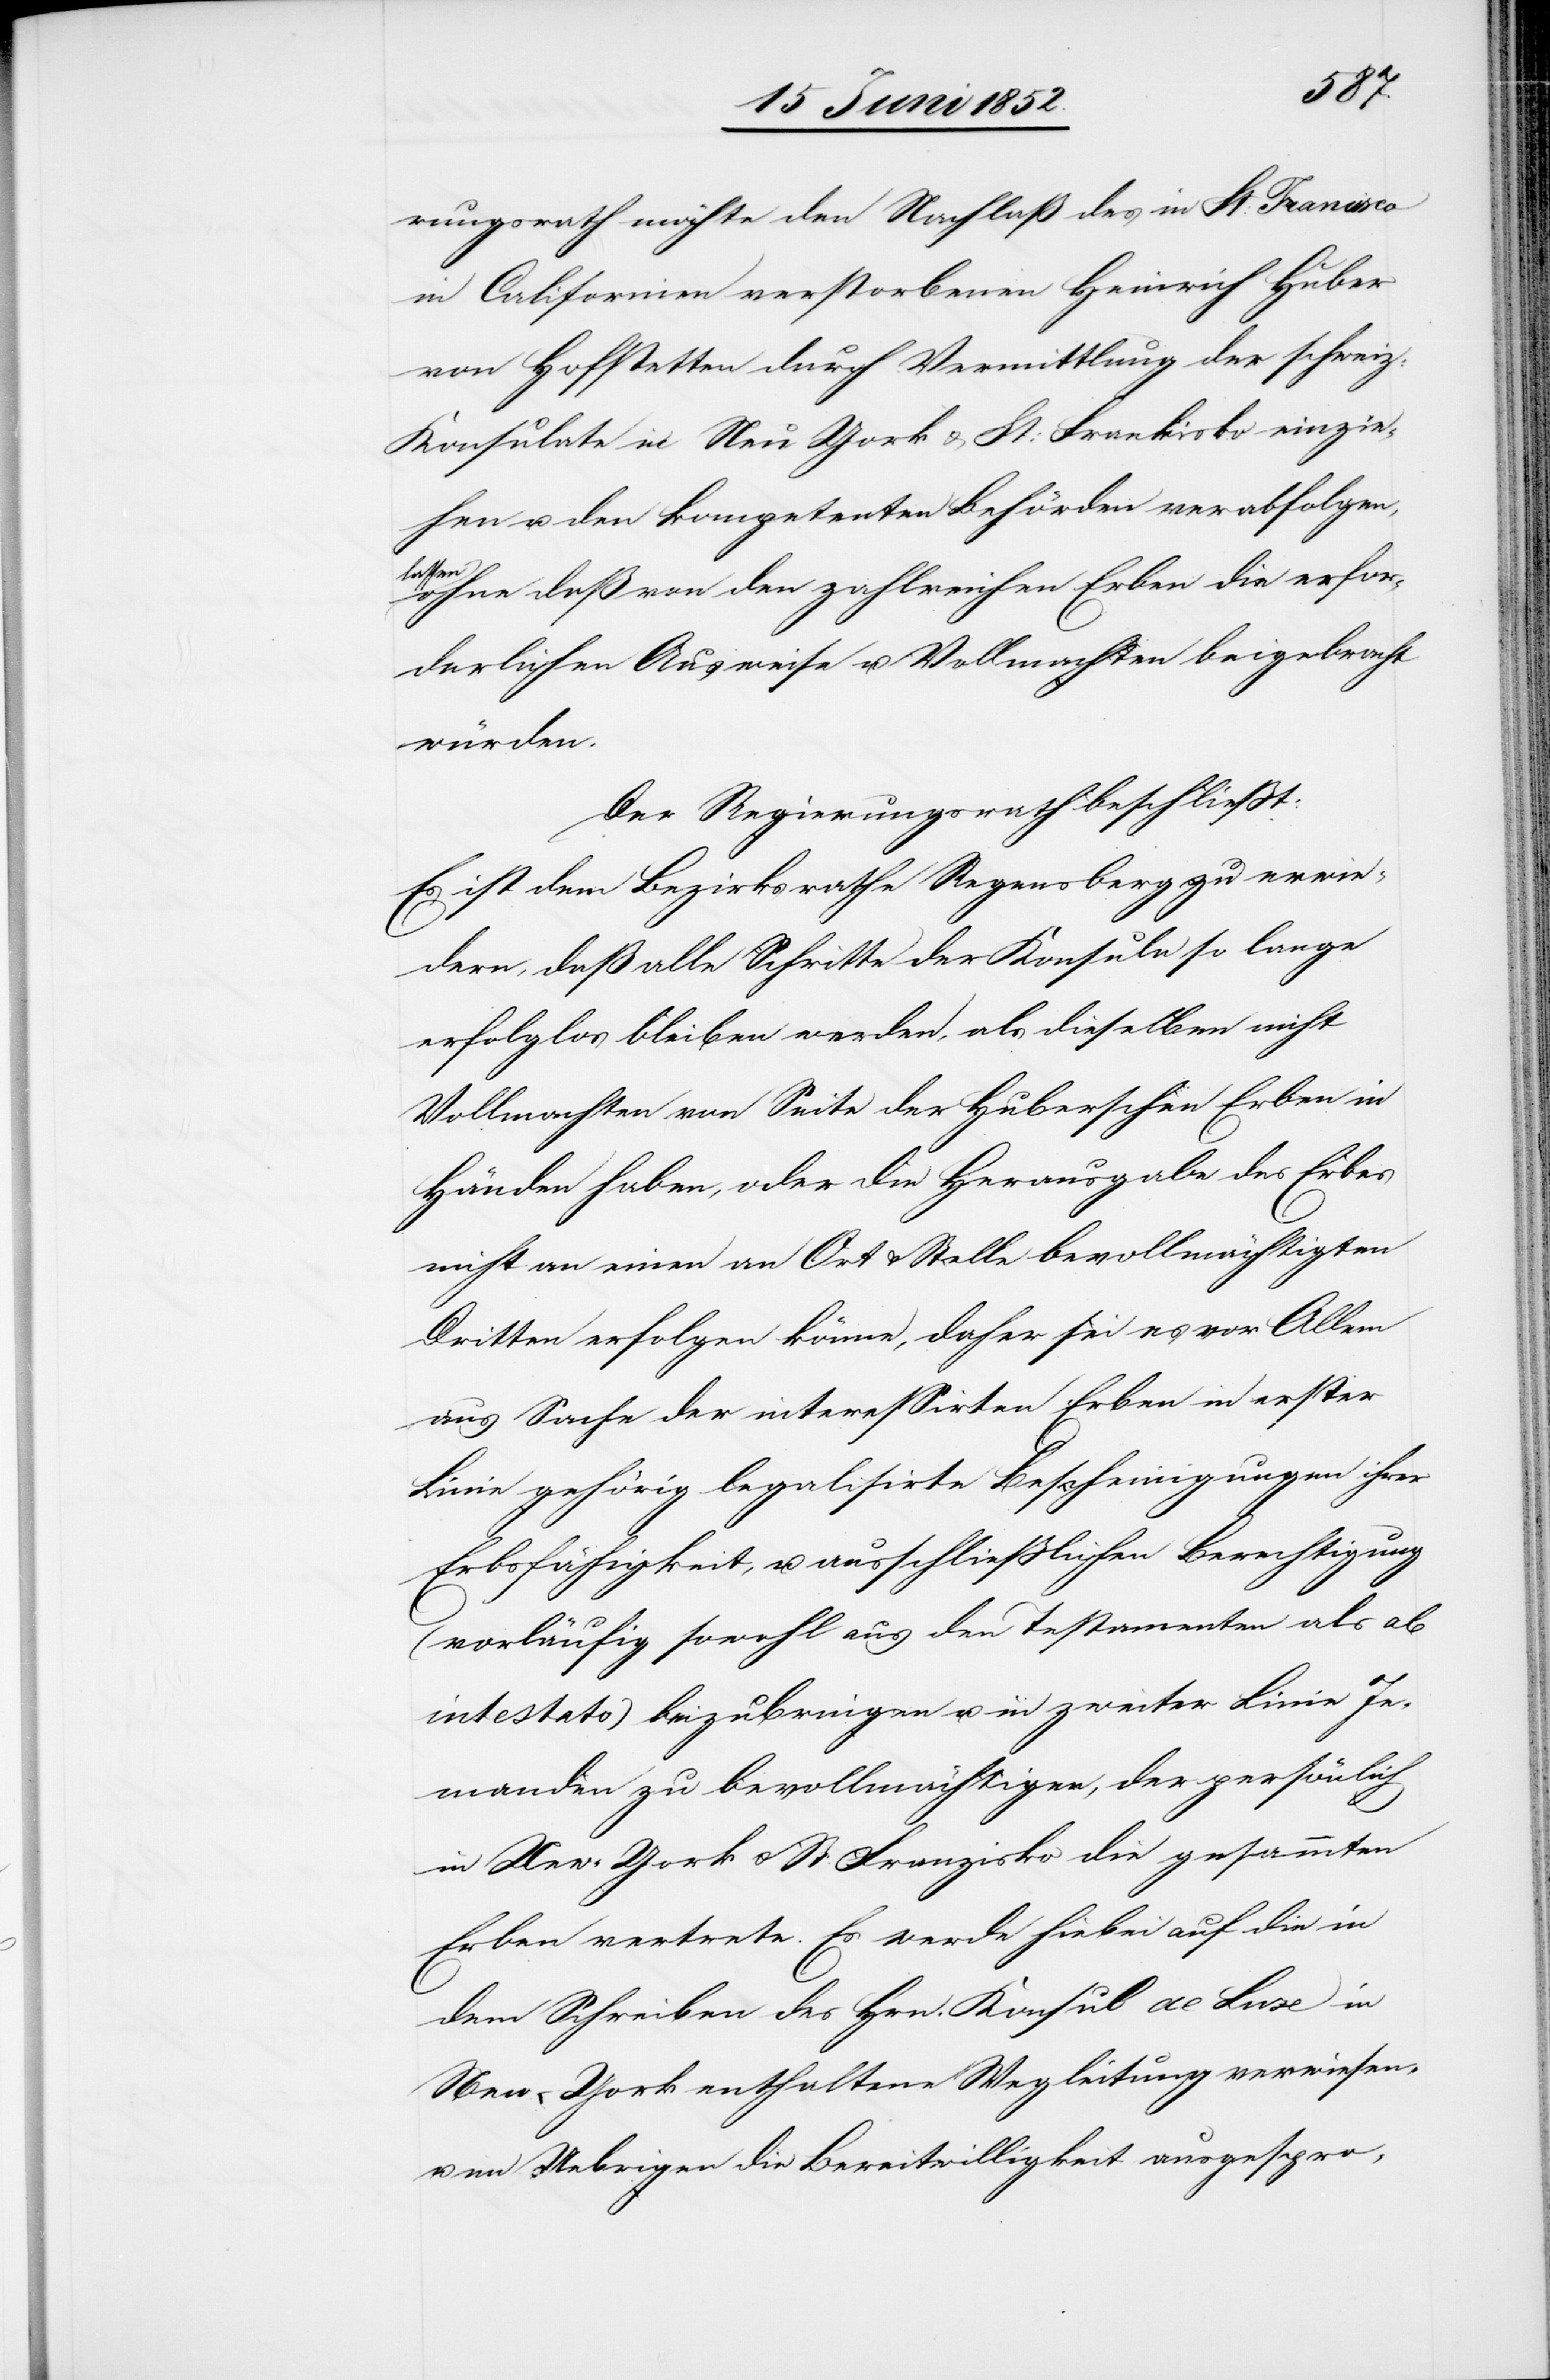
rungsrath möchte den Nachlaß des in St: Francisco
in Californien verstorbenen Heinrich Huber
von Hofstetten durch Vermittlung der schweiz:
Konsulate in Neu York & St: Frankisko [sic!] einzie¬
hen u. den kompetenten Behörden verabfolgen,
lassen
ohne daß von den zahlreichen Erben die erfor¬
derlichen Ausweise u. Vollmachten beigebracht
würden.
Der Regierungsrath beschliesst:
Es ist dem Bezirksrathe Regensberg zu erwie¬
dern, daß alle Schritte der Konsuln so lange
erfolglos bleiben werden, als dieselben nicht
Vollmachten von Seite der Huberschen Erben in
Händen haben, oder die Herausgabe des Erbes
nicht an einen an Ort & Stelle bevollmächtigten
Dritten erfolgen könne, daher sei es vor Allem
aus Sache der interessirten Erben in erster
Linie gehörig legalisirte Bescheinigungen ihrer
Erbsfähigkeit, u. ausschliesslichen Berechtigung
(vorläufig sowohl aus den Testamenten als ab
intestato) beizubringen u. in zweiter Linie Je¬
manden zu bevollmächtigen, der persönlich
in New-York & St: Franzisko die gesammten
Erben vertrete. Es werde hiebei auf die in
dem Schreiben des Hrn. Konsul de Luxe in
New-York enthaltene Wegleitung verwiesen,
u. im Uebrigen die Bereitwilligkeit ausgespro-